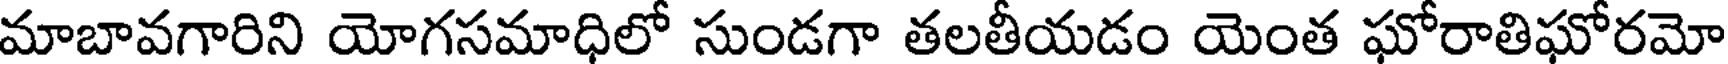
మాబావగారిని యోగసమాధిలో సుండగా తలతీయడం యెంత ఘోరాతిఘోరమో